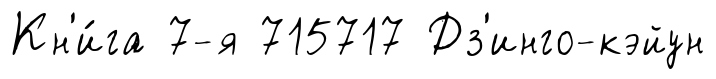
Кн'и́га 7-я 715717 Дз'инго-кэйун